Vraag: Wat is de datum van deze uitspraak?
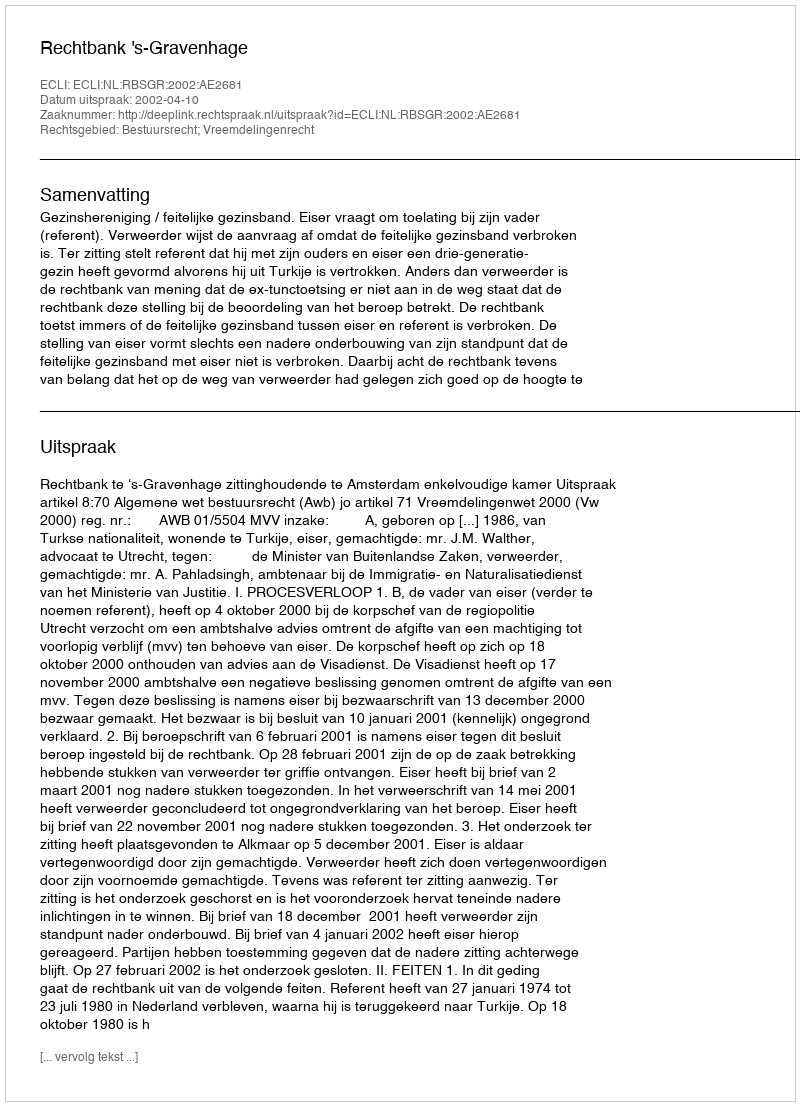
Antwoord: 2002-04-10